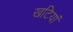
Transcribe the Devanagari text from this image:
खटियां